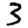
Digit: 3